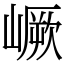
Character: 嶥